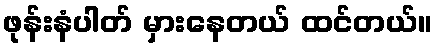
ဖုန်းနံပါတ် မှားနေတယ် ထင်တယ်။